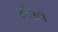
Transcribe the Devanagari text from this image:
ढाँकने